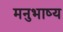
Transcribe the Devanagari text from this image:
मनुभाष्य